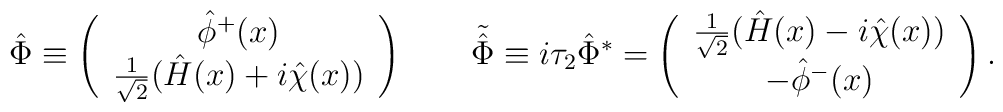
\hat \Phi \equiv\left(    \begin{array}{c}    \hat  \phi^+(x)\\    \frac  1{\sqrt 2}(\hat H(x) + i\hat \chi(x))    \end{array}  \right) \qquad \tilde {\hat\Phi} \equiv i\tau_2 {\hat \Phi}^* = \left(    \begin{array}{c}            \frac 1{\sqrt 2}(\hat H(x) - i\hat \chi(x)) \\            -\hat \phi^-(x)     \end{array}  \right) \/.